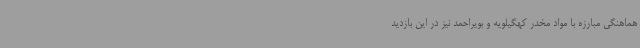
هماهنگی مبارزه با مواد مخدر کهگیلویه و بویراحمد نیز در این بازدید